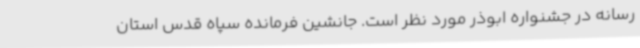
رسانه در جشنواره ابوذر مورد نظر است. جانشین فرمانده سپاه قدس استان